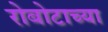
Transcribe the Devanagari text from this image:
रोबोटाच्या